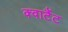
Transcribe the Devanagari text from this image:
क्वार्टैट